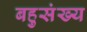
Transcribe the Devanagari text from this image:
बहुसंख्‍य